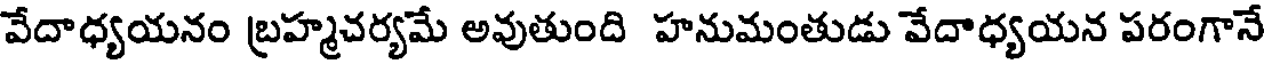
వేదాధ్యయనం బ్రహ్మచర్యమే అవుతుంది హనుమంతుడు వేదాధ్యయన పరంగానే